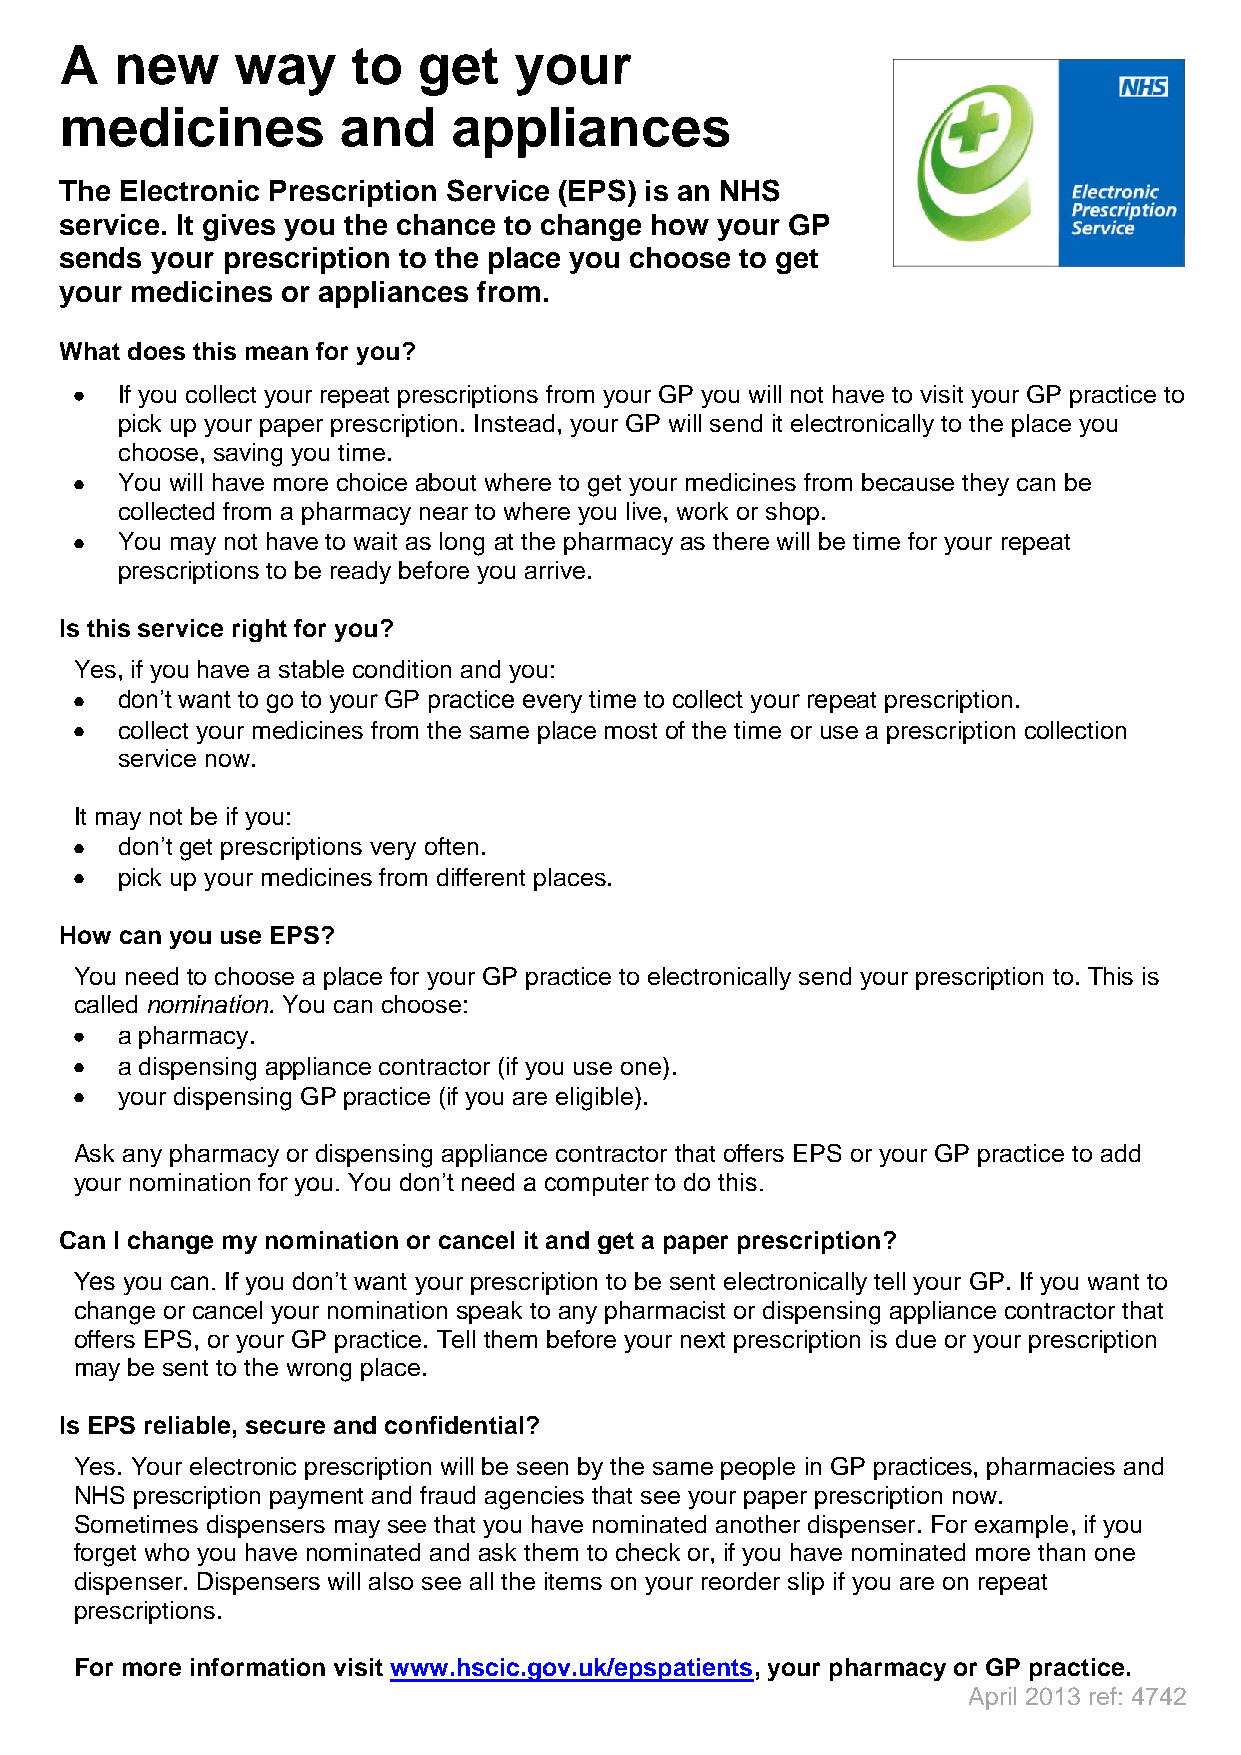
A   new     way    to   get   your
 medicines         and     appliances
 The Electronic Prescription Service (EPS) is an NHS
 service. It gives you the chance to change how your GP
 sends your prescription to the place you choose to get
 your medicines or appliances from.
 What does this mean for you?
 If you collect your repeat prescriptions from your GP you will not have to visit your GP practice to
 pick up your paper prescription. Instead, your GP will send it electronically to the place you
 choose, saving you time.
 You will have more choice about where to get your medicines from because they can be
 collected from a pharmacy near to where you live, work or shop.
 You may not have to wait as long at the pharmacy as there will be time for your repeat
 prescriptions to be ready before you arrive.
 Is this service right for you?
 Yes, if you have a stable condition and you:
 don’t want to go to your GP practice every time to collect your repeat prescription.
 collect your medicines from the same place most of the time or use a prescription collection
 service now.
 It may not be if you:
 don’t get prescriptions very often.
 pick up your medicines from different places.
 How can you use EPS?
 You need to choose a place for your GP practice to electronically send your prescription to. This is
 called nomination. You can choose:
 a pharmacy.
 a dispensing appliance contractor (if you use one).
 your dispensing GP practice (if you are eligible).
 Ask any pharmacy or dispensing appliance contractor that offers EPS or your GP practice to add
 your nomination for you. You don’t need a computer to do this.
 Can I change my nomination or cancel it and get a paper prescription?
 Yes you can. If you don’t want your prescription to be sent electronically tell your GP. If you want to
 change or cancel your nomination speak to any pharmacist or dispensing appliance contractor that
 offers EPS, or your GP practice. Tell them before your next prescription is due or your prescription
 may be sent to the wrong place.
 Is EPS reliable, secure and confidential?
 Yes. Your electronic prescription will be seen by the same people in GP practices, pharmacies and
 NHS prescription payment and fraud agencies that see your paper prescription now.
 Sometimes dispensers may see that you have nominated another dispenser. For example, if you
 forget who you have nominated and ask them to check or, if you have nominated more than one
 dispenser. Dispensers will also see all the items on your reorder slip if you are on repeat
 prescriptions.
 For more information visit www.hscic.gov.uk/epspatients, your pharmacy or GP practice.
 April 2013 ref: 4742